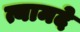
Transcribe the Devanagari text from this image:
त्यामदे